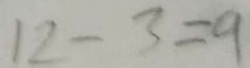
1 2 - 3 = 9